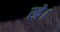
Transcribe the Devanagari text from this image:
खे।